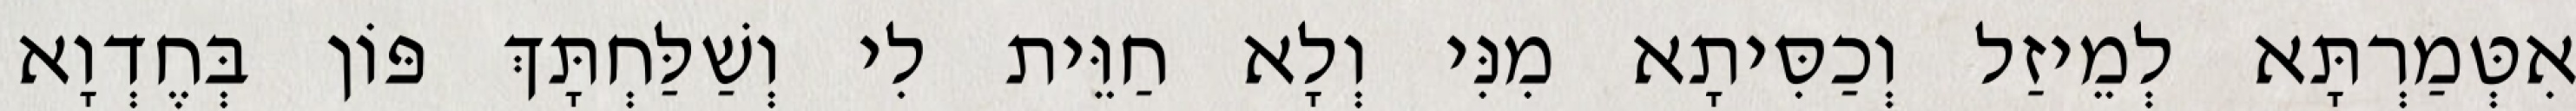
אִטְּמַרְתָּא לְמֵיזַל וְכַסִּיתָא מִנִּי וְלָא חַוֵּית לִי וְשַׁלַּחְתָּךְ פּוֹן בְּחֶדְוָא